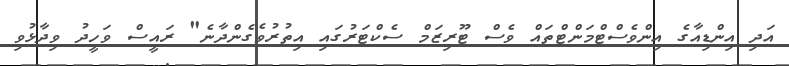
އަދި އިންޑިއާގެ އިންވެސްޓްމަންޓްތައް ވެސް ޓޫރިޒަމް ސެކްޓަރުގައި އިތުރުވެގެންދާނެ" ރައީސް ވަހީދު ވިދާޅުވި